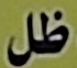
ظل